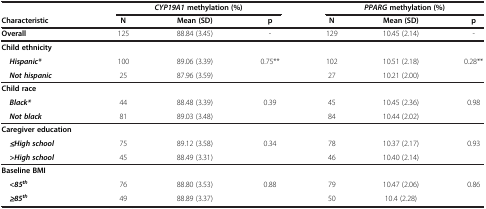
|  | <COLSPAN=3> CYP19A1 methylation (%) | <COLSPAN=3> PPARG methylation (%) |
 | Characteristic | N | Mean (SD) | p | N | Mean (SD) | p |
 | --- | --- | --- | --- | --- | --- | --- |
 | Overall | 125 | 88.84 (3.45) | - | 129 | 10.45 (2.14) | - |
 | Child ethnicity |  |  |  |  |  |  |
 | Hispanic* | 100 | 89.06 (3.39) | 0.75** | 102 | 10.51 (2.18) | 0.28** |
 | Not hispanic | 25 | 87.96 (3.59) |  | 27 | 10.21 (2.00) |  |
 | Child race |  |  |  |  |  |  |
 | Black* | 44 | 88.48 (3.39) | 0.39 | 45 | 10.45 (2.36) | 0.98 |
 | Not black | 81 | 89.03 (3.48) |  | 84 | 10.44 (2.02) |  |
 | Caregiver education |  |  |  |  |  |  |
 | ≤High school | 75 | 89.12 (3.58) | 0.34 | 78 | 10.37 (2.17) | 0.93 |
 | >High school | 45 | 88.49 (3.31) |  | 46 | 10.40 (2.14) |  |
 | Baseline BMI |  |  |  |  |  |  |
 | <85th | 76 | 88.80 (3.53) | 0.88 | 79 | 10.47 (2.06) | 0.86 |
 | ≥85th | 49 | 88.89 (3.37) |  | 50 | 10.4 (2.28) |  |